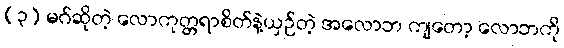
(၃) မဂ်ဆိုတဲ့ လောကုတ္တရာစိတ်နဲ့ယှဉ်တဲ့ အလောဘ ကျတော့ လောဘကို